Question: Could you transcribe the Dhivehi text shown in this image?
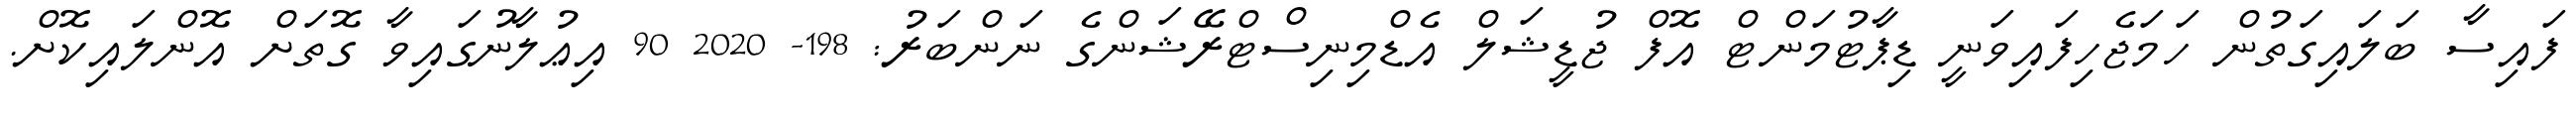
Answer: ފައިސާ ބަލައިގަތުން ހަމަޖެހިފައިވަނީ ޑިޕާޓުމަންޓް އޮފް ޖުޑީޝަލް އެޑްމިނިސްޓްރޭޝަންގެ ނަންބަރު: 198- 2020 90 އިޢުލާނުގައިވާ ގޮތަށް އޮންލައިކޮށް.